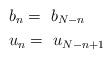
LaTeX: \begin{align*} &b_n =\ b_{N-n} \\ &u_n =\ u_{N-n+1} \end{align*}